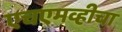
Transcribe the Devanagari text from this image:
एचएमव्हीचा